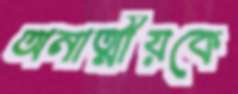
অনাত্মীয়কে